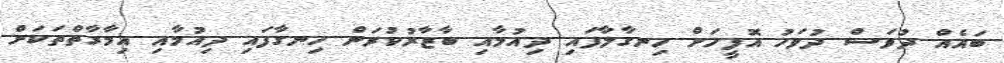
ބައެއް ދުވަސް ދުވަހު އޮފީހަށް ހިނގާލާފައި ދިއުމާއި ބާޒާރުކުރަން ހިނގާފައި ދިއުމާއި އިމާރާތްތަކަށް